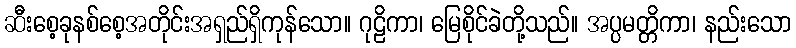
ဆီးစေ့ခုနစ်စေ့အတိုင်းအရှည်ရှိကုန်သော။ ဂုဠိကာ၊ မြေစိုင်ခဲတို့သည်။ အပ္ပမတ္တိကာ၊ နည်းသော